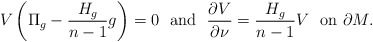
\begin{align*}V\left(\Pi_g-\dfrac{H_g}{n-1}g\right)=0 \ \ \mbox{and} \ \ \dfrac{\partial V}{\partial \nu}=\dfrac{H_g}{n-1}V \ \ \mbox{on $\partial M$}.\end{align*}